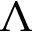
\Lambda